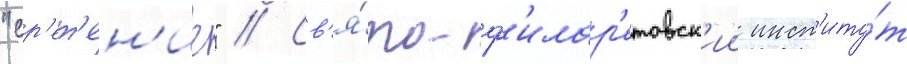
"ср'ет'ен'ие" // Св'я́то-ф'илар'етовск'ии инст'иту́т